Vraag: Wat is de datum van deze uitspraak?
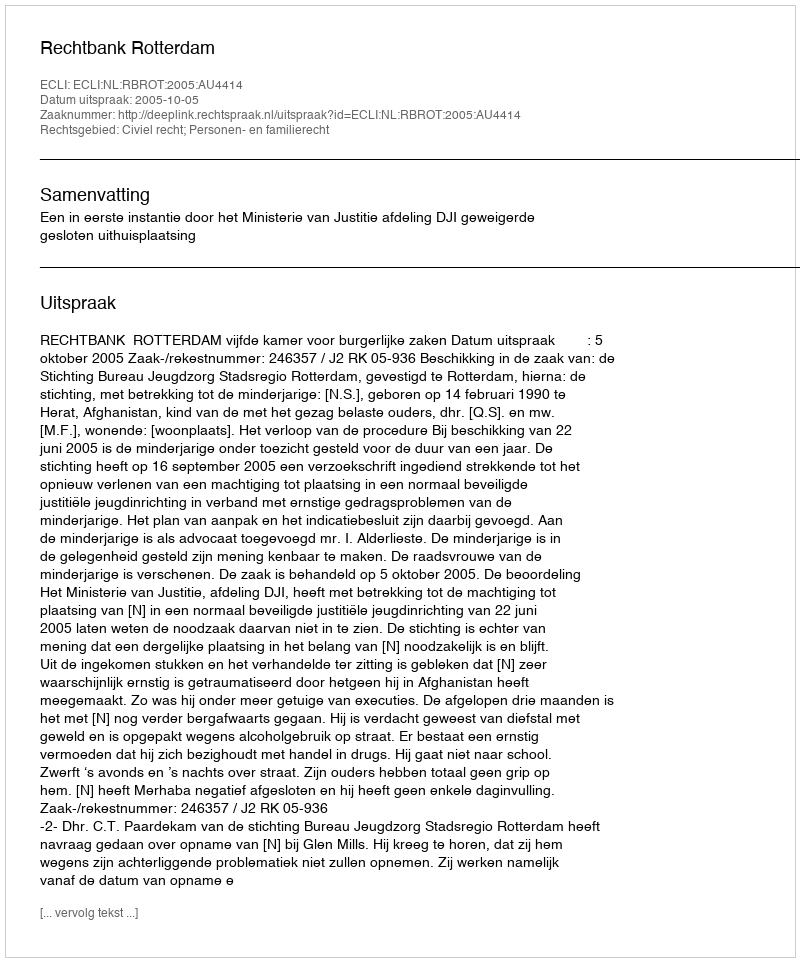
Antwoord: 2005-10-05